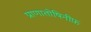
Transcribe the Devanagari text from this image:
प्राणातोषिनीफ़